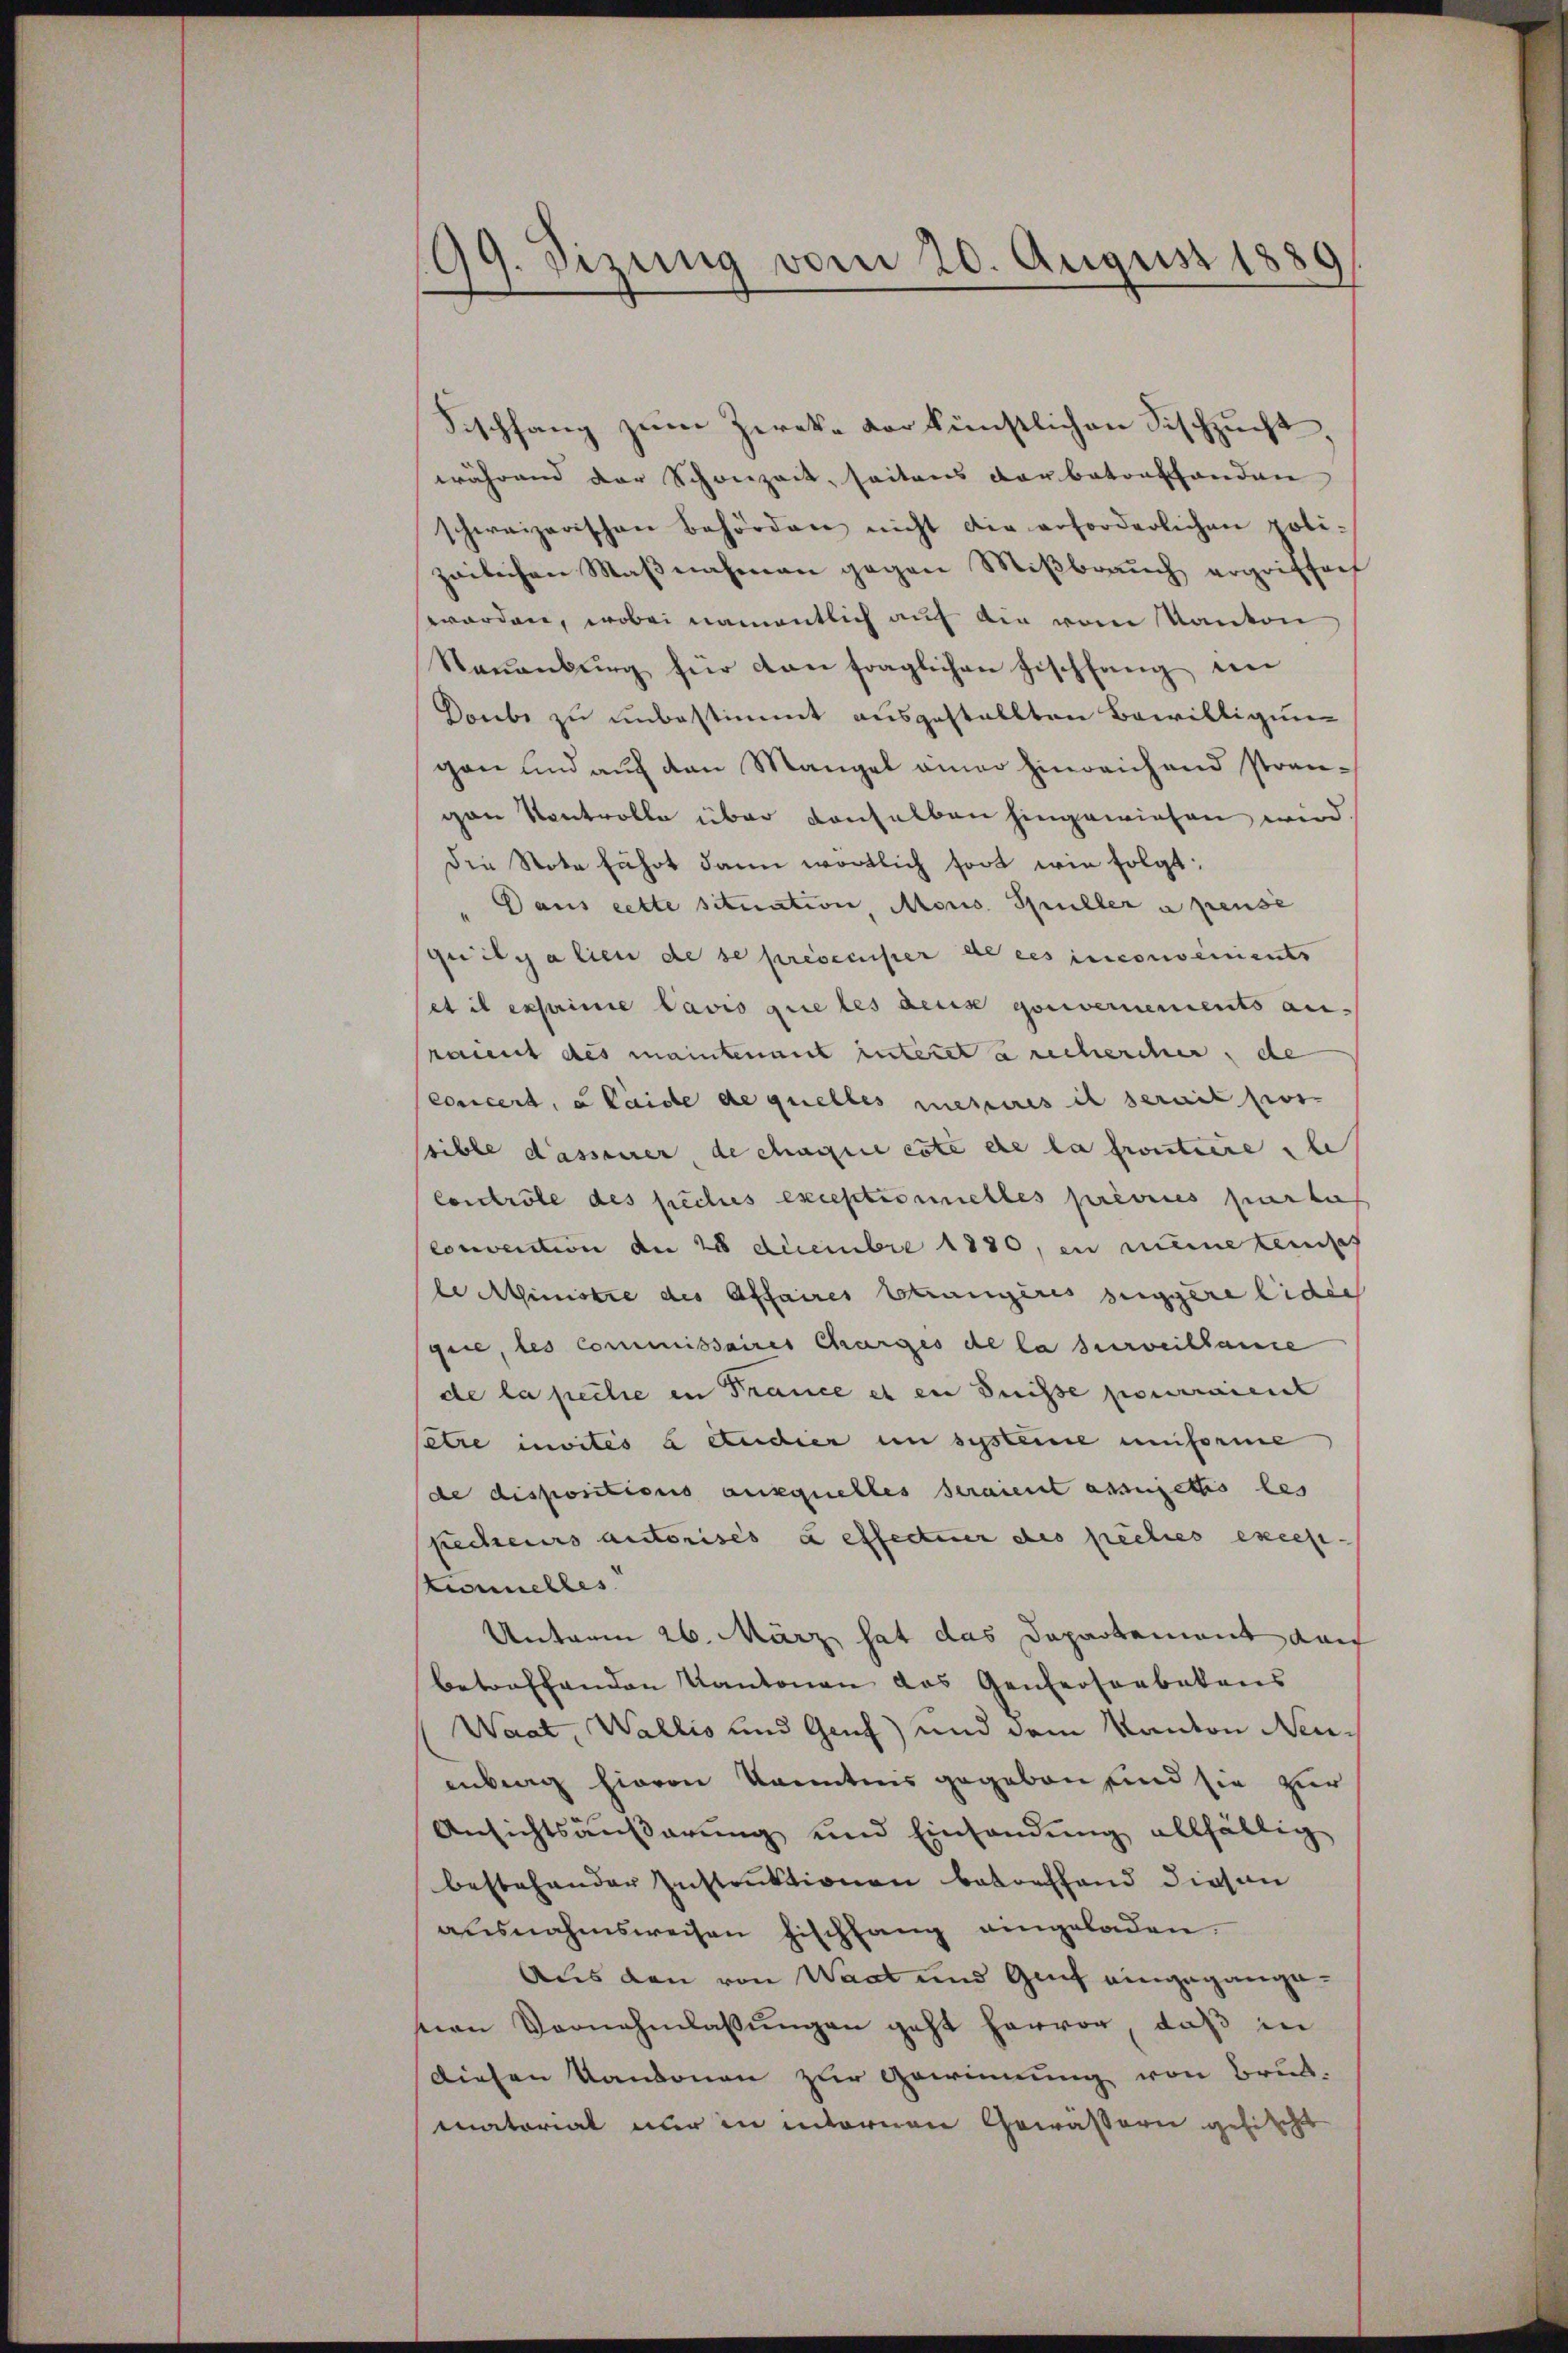
99. Sizung vom 20. August 188

Fischfang zum Zwecke vor künstlichen Fischzucht,
während der Schonzeit, seitens darbatorthanden
schweizerischen Behörden nicht die erforderlichen poli-
zeilichen Maβnahmen gegen Mißbrauch ergriffenh
worden, wobei namentlich auf die vom Kanton
Naŭenbŭrg für con fraglichen Fischfang im
Donbe zu unbestimmt ausgestellten Bewilligung
gen und auf den Mangel einer hinreichend strangan Kontrolle über denselben hingewiesen wird
Die Note fuhrt dann wortlich fort wie folgt:
Dans cette situation, Mons Spiller a pense
quilyalien de se presecuser de ces inconvenients
set il exseine Pavis que les des gouvernements anraient des maintenant interet a rechercher, de
concert, a laide de quelles mesures il serait pos
sible dassener, de chaque cote die la frontiere le
Contrôle des siches exceptionielles prévices parhaf
Convention de 28 Decembre 1880, en meine tendes
le Ministre des Affaires Strangères seggere Eides
gen, les commissaires Charges de la surveillame
de la peche in France et en Suisse pourraient
ete invités à étudier in systeine uniforme
de dispositions auxquelles seraient assujettis des
kecheurs autorisés a effectuer des pecles exces-
tionnelles
Unterm 26. März hat das Departement auch
betreffenden Kantonen das Generserbetens
Waat, Wallis und Genf und dem Kanton Neuenberg hievon kanntnis gegeben sind sie zur
Ansichtsäußerung und Einsandung allfällig
bestehender Instruktionen betreffend diesen
aŭsnahmsweisen fischhang angeladen.
Aus den von Waadt und Genf eingegange.
teon Vornehmlassŭngen geht hervor, daß in
Diesen Kantonen zur Gewinnung von Bruk-
matoriat nur in internen Gewässern gelischt